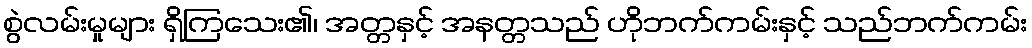
စွဲလမ်းမှုများ ရှိကြသေး၏၊ အတ္တနှင့် အနတ္တသည် ဟိုဘက်ကမ်းနှင့် သည်ဘက်ကမ်း